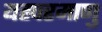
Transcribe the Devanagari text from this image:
यह्परमाणु